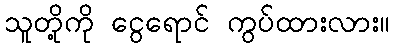
သူတို့ကို ငွေရောင် ကွပ်ထားလား။